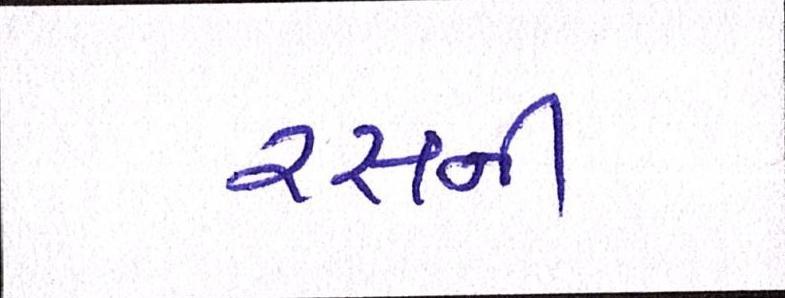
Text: રસની